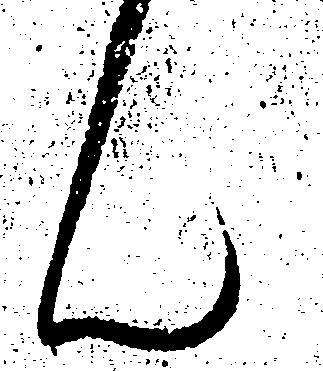
ん